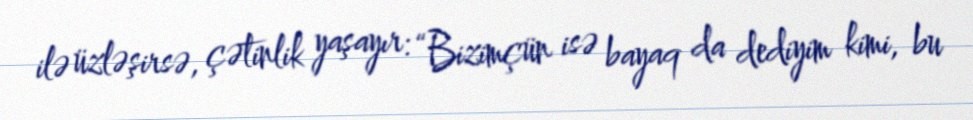
ilə üzləşirsə, çətinlik yaşayır: “Bizimçün isə bayaq da dediyim kimi, bu